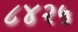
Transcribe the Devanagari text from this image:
८४२५